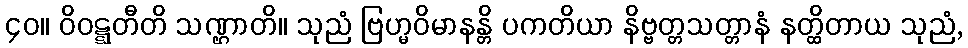
၄၀။ ဝိဝဋ္ဋတီတိ သဏ္ဌာတိ။ သုညံ ဗြဟ္မဝိမာနန္တိ ပကတိယာ နိဗ္ဗတ္တသတ္တာနံ နတ္ထိတာယ သုညံ,